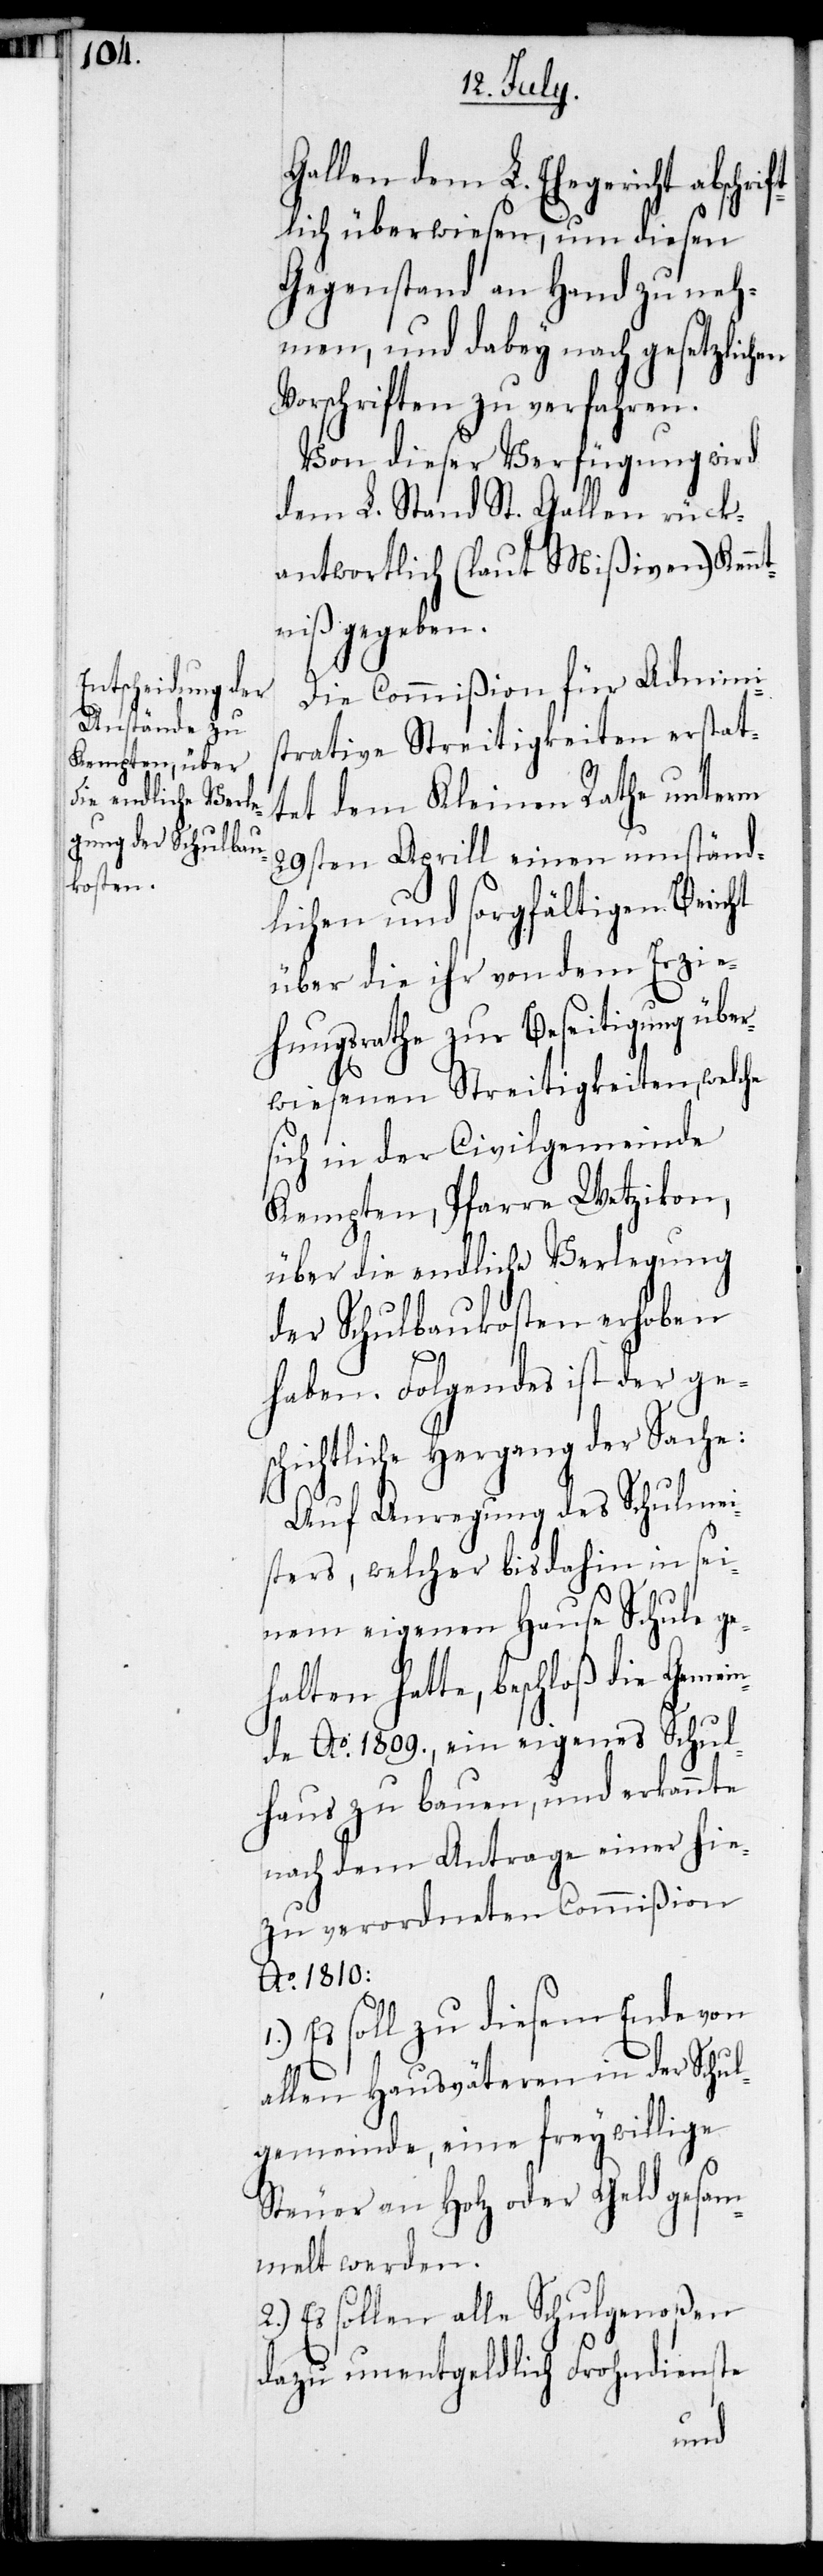
abschrif¬
Gallen dem L. Ehegericht
tlich überwiesen, um diesen
Gegenstand an Hand zu neh¬
men, und dabey nach gesetzlichen
Vorschriften zu verfahren.
Von dieser Verfügung wird
dem L. Stand St. Gallen rück¬
antwortlich (laut Mißiven) Kenn¬
tniß gegeben.
Die Commißion für Admini¬
strative Streitigkeiten erstat¬
tet dem Kleinen Rathe unterm
29sten Aprill einen umständ¬
lichen und sorgfältigen Bericht
über die ihr von dem Erzie¬
hungsrathe zur Beseitigung über¬
wiesenen Streitigkeiten, welche
sich in der Civilgemeinde
Kempten, Pfarre Wetzikon,
über die endliche Verlegung
der Schulbaukosten erhoben
haben. Folgendes ist der ges¬
chichtliche Hergang der Sache:
Auf Anregung des Schulmei¬
sters, welcher bis dahin in sei¬
nem eigenen Hause Schule geh¬
alten hatte, beschloß die Geme¬
inde Ao 1809., ein eigenes Schul¬
haus zu bauen, und erkannte
nach dem Antrage einer hie¬
zu verordneten Commißion
Ao 1810:
Es soll zu diesem Ende von
allen Hausväteren in der Schul¬
gemeinde, eine freywillige
Steuer an Holz oder Geld gesam¬
melt werden.
2.) Es sollen alle Schulgenoßen
dazu unentgeldlich Frohndienste